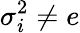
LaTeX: \sigma_{i}^{2}\neq e